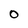
Character: 0